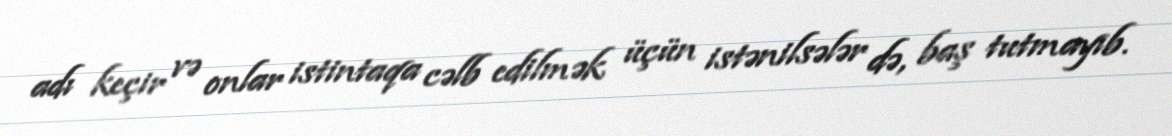
adı keçir və onlar istintaqa cəlb edilmək üçün istənilsələr də, baş tutmayıb.